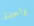
واحدة